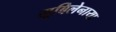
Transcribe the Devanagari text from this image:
यूबिलेनाया